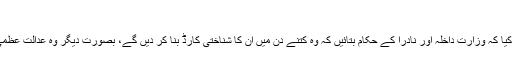
‘
الطاف حسین نے مطالبہ کیا کہ وزارت داخلہ اور نادرا کے حکام بتائیں کہ وہ کتنے دن میں ان کا شناختی کارڈ بنا کر دیں گے، بصورت دیگر وہ عدالت عظمیٰ سے رجوع کریں گے۔